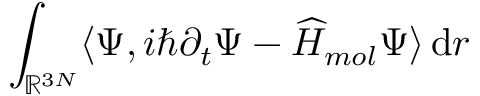
\int _ { \ensuremath { \mathbb { R } } ^ { 3 N } } \langle \Psi , i \hbar \partial _ { t } \Psi - \widehat H _ { m o l } \Psi \rangle \, \mathrm { d } r